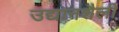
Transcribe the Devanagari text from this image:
उद्यानशैली